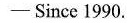
-Since 1990.